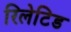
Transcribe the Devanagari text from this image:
रिलेटिड